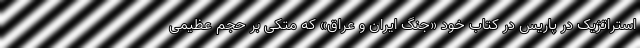
استراتژیک در پاریس در کتاب خود «جنگ ایران و عراق» که متکی بر حجم عظیمی